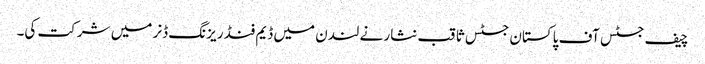
چیف جسٹس آف پاکستان جسٹس ثاقب نثار نے لندن میں ڈیم فنڈ ریزنگ ڈنر میں شرکت کی۔